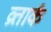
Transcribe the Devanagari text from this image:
व्रतार्क